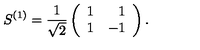
S ^ { ( 1 ) } = \frac { 1 } { \sqrt 2 } \left( \begin{array} { l r } { 1 } & { 1 } \\ { 1 } & { - 1 } \\ \end{array} \right) .